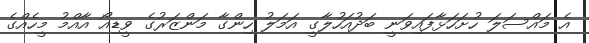
އެ މައްސަލަ ހުށަހަޅާފައިވަނީ ބަދުއަހުލާގީ އަމަލު ހިންގާ މަންޒަރުގެ ވީޑިއޯ އާއްމު މީހެއްގެ